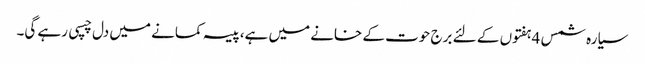
سیارہ شمس 4ہفتوں کے لئے برج حوت کے خانے میں ہے،پیسہ کمانے میں دل چسپی رہے گی۔